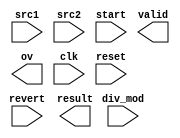
module DIV (
  input      [32:0]   src1,
  input      [31:0]   src2,
  input               start,
  input               div_mod,
  input               revert,
  output     [31:0]   result,
  output              valid,
  output              ov,
  input               clk,
  input               reset
);

endmodule